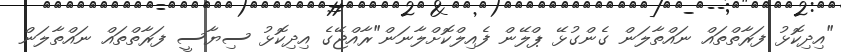
"އިދިކޮޅު ފަރާތްތައް ނައްތާލަން ގެންގުޅޭ ޕްލޭން ފެއިލްކޮށްލާނަން"ރާއްޖޭގެ އިދިކޮޅު ސިޔާސީ ފަރާތްތައް ނައްތާލަން